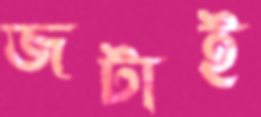
জটাই